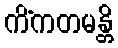
ကိံကတမန္တိ